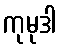
ကုမုဒါ